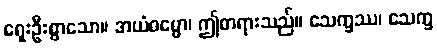
ရှေးဦးစွာသော။ အယံဓမ္မော၊ ဤတရားသည်။ သေက္ခဿ၊ သေက္ခ